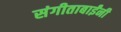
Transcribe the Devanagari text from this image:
संगीताबाईंनी